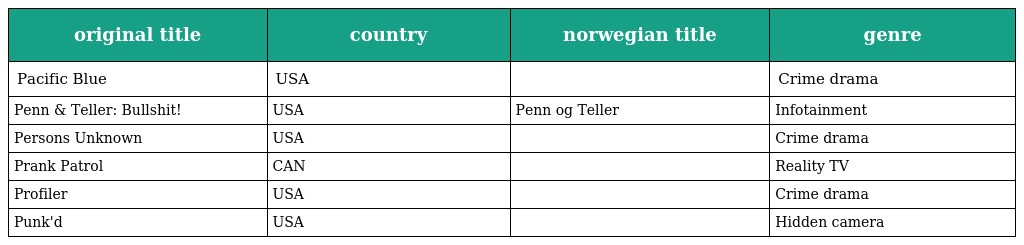
| original title | country | norwegian title | genre |
 | --- | --- | --- | --- |
 | Pacific Blue | USA |  | Crime drama |
 | Penn & Teller: Bullshit! | USA | Penn og Teller | Infotainment |
 | Persons Unknown | USA |  | Crime drama |
 | Prank Patrol | CAN |  | Reality TV |
 | Profiler | USA |  | Crime drama |
 | Punk'd | USA |  | Hidden camera |